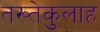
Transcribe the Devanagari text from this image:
तख्तेकुलाह